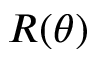
R ( \theta )